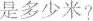
是多少米?